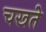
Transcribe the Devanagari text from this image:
चखते